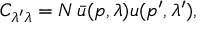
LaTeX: C _ { \lambda ^ { \prime } \lambda } = { \cal { N } } \, \bar { u } ( p , \lambda ) u ( p ^ { \prime } , \lambda ^ { \prime } ) ,